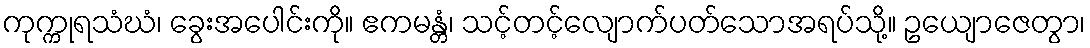
ကုက္ကုရသံဃံ၊ ခွေးအပေါင်းကို။ ဧကမန္တံ၊ သင့်တင့်လျောက်ပတ်သောအရပ်သို့။ ဥယျောဇေတွာ၊